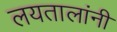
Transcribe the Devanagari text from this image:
लयतालांनी